Vaccine operations Central Provinces & Berar 1922-1929 - 1922-1929
Year: 1922
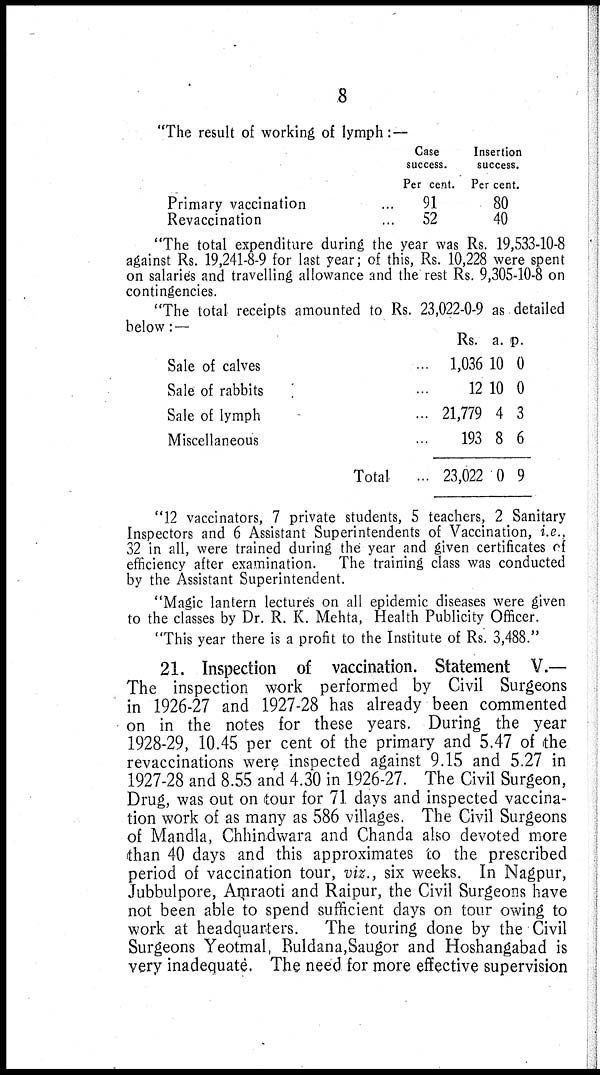
8
"The result of working of lymph:—
Primary vaccination ...
Revaccination ...
Case
success.
Per cent.
91
52
Insertion
success.
Per cent.
80
40
"The total expenditure during the year was Rs. 19,533-10-8
against Rs. 19,241-8-9 for last year; of this, Rs. 10,228 were spent
on salaries and travelling allowance and the rest Rs. 9,305-10-8 on
contingencies.
"The total receipts amounted to Rs. 23,022-0-9 as detailed
below: —
Sale of calves ...
Sale of rabbits ...
Sale of lymph ...
Miscellaneous ...
Total
...
Rs.
1,036
12
21,779
193
23,022
a.
10
10
4
8
0
p.
0
0
3
6
9
"12 vaccinators, 7 private students, 5 teachers, 2 Sanitary
Inspectors and 6 Assistant Superintendents of Vaccination, i.e.,
32 in all, were trained during the year and given certificates of
efficiency after examination. The training class was conducted
by the Assistant Superintendent.
"Magic lantern lectures on all epidemic diseases were given
to the classes by Dr. R. K. Mehta, Health Publicity Officer.
"This year there is a profit to the Institute of Rs. 3,488."
21. Inspection of vaccination. Statement V.—
The inspection work performed by Civil Surgeons
in 1926-27 and 1927-28 has already been commented
on in the notes for these years. During the year
1928-29, 10.45 per cent of the primary and 5.47 of the
revaccinations were inspected against 9.15 and 5.27 in
1927-28 and 8.55 and 4.30 in 1926-27. The Civil Surgeon,
Drug, was out on tour for 71 days and inspected vaccina-
tion work of as many as 586 villages. The Civil Surgeons
of Mandla, Chhindwara and Chanda also devoted more
than 40 days and this approximates to the prescribed
period of vaccination tour, viz., six weeks. In Nagpur,
Jubbulpore, Amraoti and Raipur, the Civil Surgeons have
not been able to spend sufficient days on tour owing to
work at headquarters.
The touring done by the Civil
Surgeons Yeotmal, Buldana,Saugor and Hoshangabad is
very inadequate. The need for more effective supervision